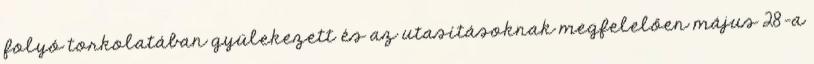
folyó torkolatában gyülekezett és az utasításoknak megfelelően május 28-a